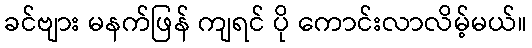
ခင်ဗျား မနက်ဖြန် ကျရင် ပို ကောင်းလာလိမ့်မယ်။